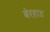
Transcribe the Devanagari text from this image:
बेरहाड